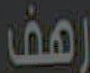
رهف